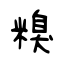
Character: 糗